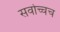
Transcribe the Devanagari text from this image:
सर्वोच्चच